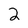
Character: 2